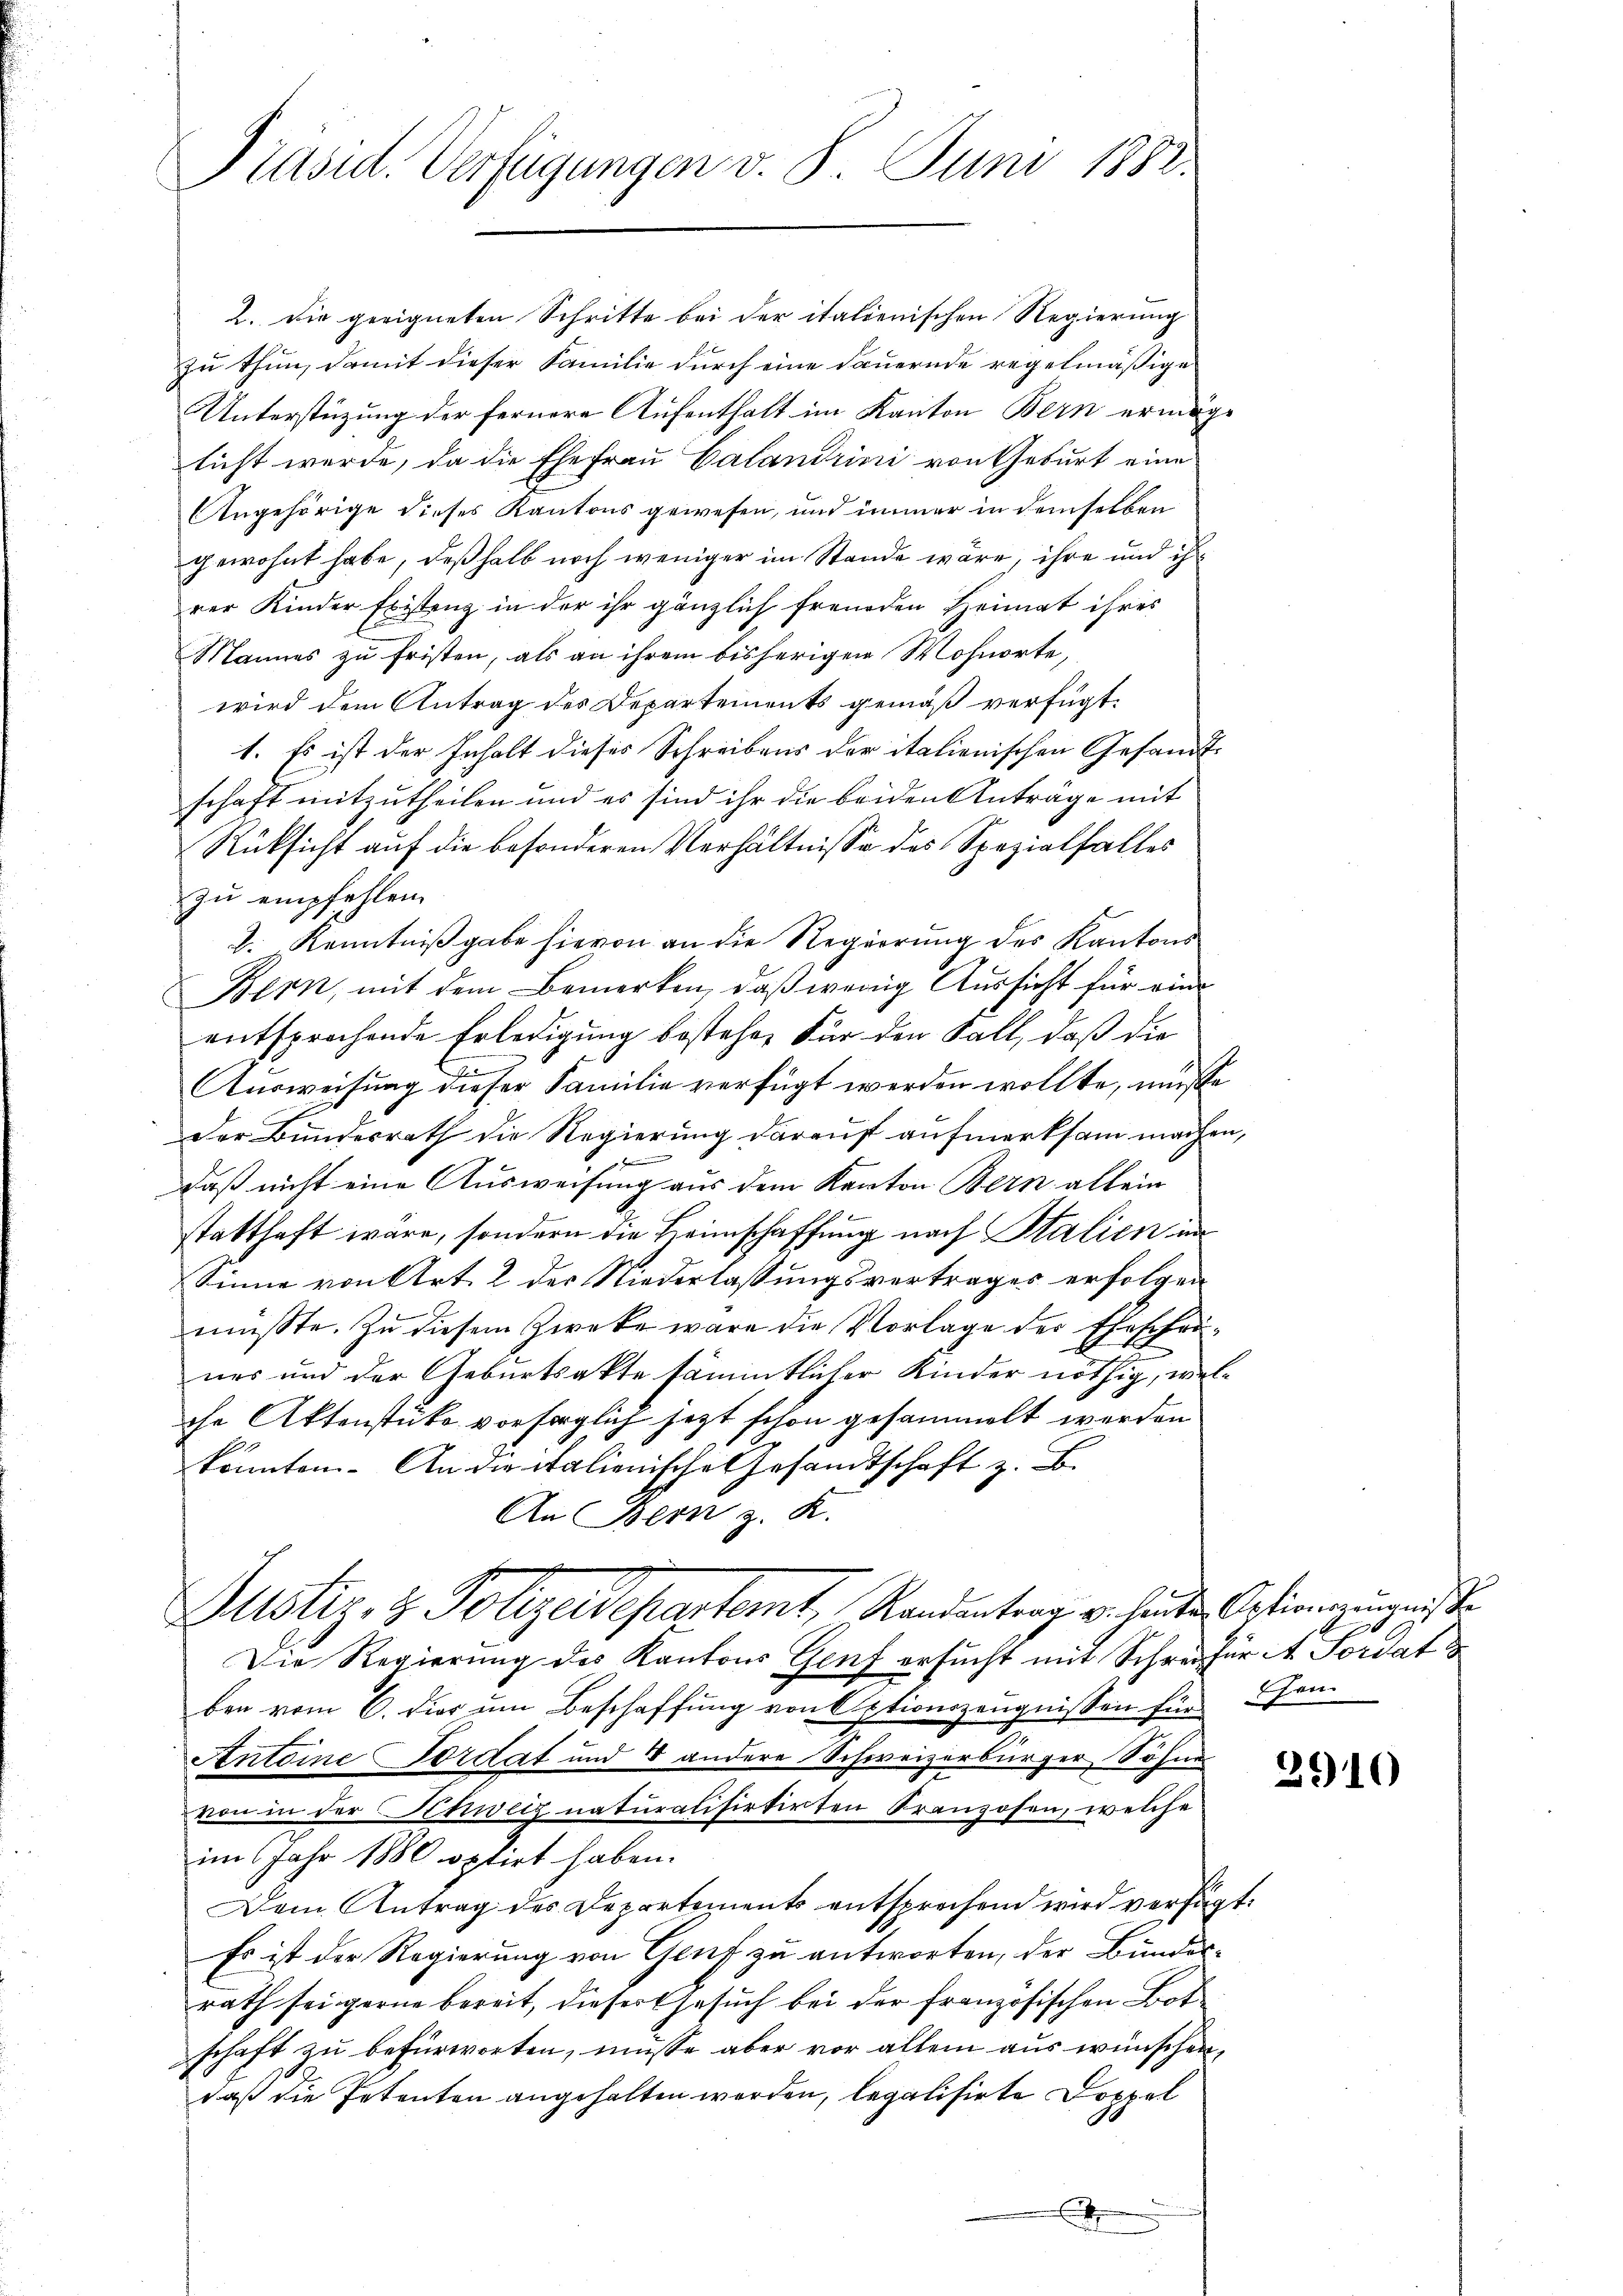
Präsid. Verfügungen v. 8. Juni 1882.

2. Die geeigneten Schritte bei der italienischen Regierung
zu thun, damit dieser Familie durch eine dauernde regelmäßige
Unterstüzung der fernere Aufenthalt im Kanton Bern ermöge
licht werde, da die Ehefrau Calandrini von Geburt eine
Angehörige dieses Kantons gewesen, und immer in demselben
gewohnt habe, deßhalb noch weniger im Stande wäre, ihre und ihrer Kinder Existenz in der ihr gänzlich freunden Heimat ihres
Mannes zu fristen, als an ihrem bisherigen Wohnorte,
wird dem Antrag des Departements gemäß verfügt:
1. Es ist der Inhalt dieses Schreibens der italienischen Gesandt-
schaft mitzutheilen und es sind ihr die beiden Anträge mit
Rüksicht auf die besonderen Verhältnisse des Spezialfalles
zu empfehlen.
2. Kenntnißgabe hievon an die Regierung des Kantons
Bern, mit dem Bemerken, daß wenig Aussicht für eine
entsprochende Erledigung bestehen Für den Fall, daß die
Ausweisung dieser Familie verfügt werden wollte, müsse
Der Bundesrath die Regierung darauf aufmerksam machen,
daß nicht eine Ausweisung aus dem Kanton Bern allein
statthaft wäre, sondern die Heimschaffung nach Stalien in
Sinne von Art. 2 der Niederlassungsvertrages erfolgen
müsste. Zu diesem Zwecke wäre die Vorlage der Ehescheines und der Geburtsakte sämmtlicher Kinder nöthig, welche Aktenstüke vorsorglich jetzt schon gesammelt werden
könnten. An die italienische Gesandtschaft z. B.
An Bern z. K.
Justiz- & Polizeidepartemt, Randantrag v. heuten Ansinnerungnisse
Die Regierung des Kantons Genf ersucht mit Schreifür A. Fordat
ben vom 6. dies um Beschaffung von Optionszeugnissen für Cham
Antoine Fordat und 8 andere Schweizerbürger Söhne
von in der Schweiz naturalisirtirten Franzofen, welche
im Jahr 1880 optirt haben.
Dem Antrag des Departements entsprechend wird verfügt:
Es ist der Regierung von Genf zu antworten, der Bundes-
rath sei gerne bereit, dieser Gesuch bei der französischen Botschaft zu befürworten, müsse aber vor allem aus wünschen,
daß die Petenten angehalten werden, legalisirte Doppel
x

e

2910